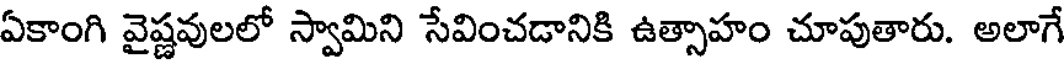
ఏకాంగి వైష్ణవులలో స్వామిని సేవించడానికి ఉత్సాహం చూపుతారు. అలాగే